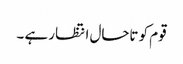
قوم کو تاحال انتظار ہے ۔